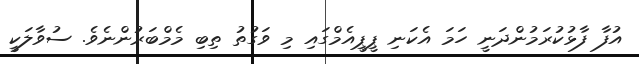
އުފާ ފާޅުކުރަމުންދަނީ ހަމަ އެކަނި ޕީޕީއެމްގައި މި ވަގުތު ތިބި މެމްބަރުންނެވެ. ސުވާލަކީ